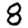
Digit: 8